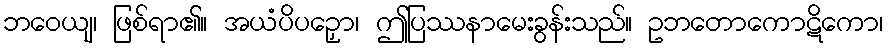
ဘဝေယျ၊ ဖြစ်ရာ၏။ အယံပိပဉှော၊ ဤပြဿနာမေးခွန်းသည်။ ဥဘတောကောဋိကော၊